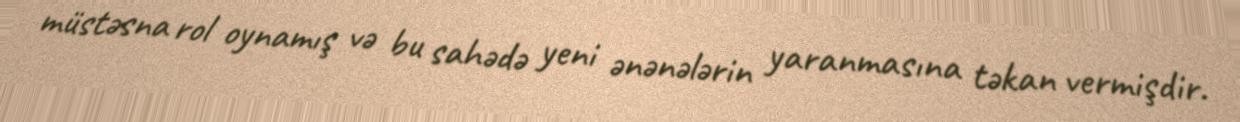
müstəsna rol oynamış və bu sahədə yeni ənənələrin yaranmasına təkan vermişdir.